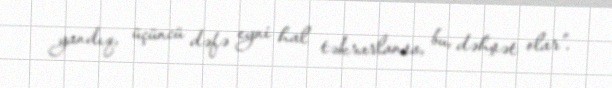
yandıq, üçüncü dəfə eyni hal təkrarlansa, bu, dəhşət olar”.